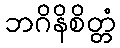
ဘဂိနိစိတ္တံ